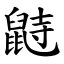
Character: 鼭